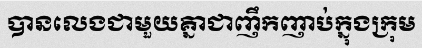
បានលេងជាមួយគ្នាជាញឹកញាប់ក្នុងក្រុម